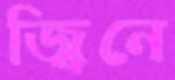
জ্বিনে